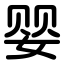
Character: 婴